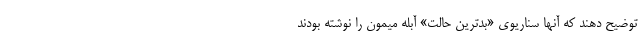
توضیح دهند که آنها سناریوی «بدترین حالت» آبله میمون را نوشته بودند